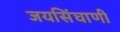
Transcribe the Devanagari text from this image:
जयसिंघाणी